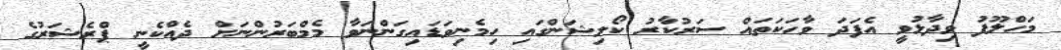
މަހްލޫފު ވިދާޅުވީ އެފަދަ ވާހަކަތައް ސަރުކާރު ކޯލިޝަންގައި ހިމެނިވަޑައިގަންނަވާ މެމްބަރުންނަށް ދެއްކެނީ ޕްރެޝަރުގެ